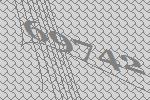
69742